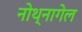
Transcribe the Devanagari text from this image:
नोथ्नागेल